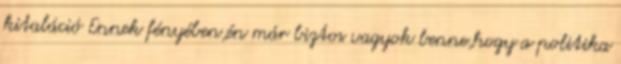
kitaláció Ennek fényében,én már biztos vagyok benne,hogy a politika